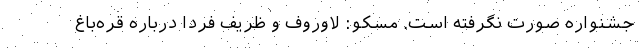
جشنواره صورت نگرفته است. مسکو: لاوروف و ظریف فردا درباره قره‌باغ